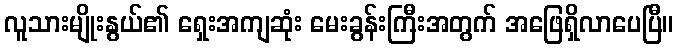
လူသားမျိုးနွယ်၏ ရှေးအကျဆုံး မေးခွန်းကြီးအတွက် အဖြေရှိလာပေပြီ။